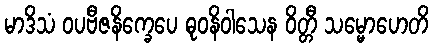
မာဒိသံ ဝပဗီဇနိက္ခေပေ ဓုဝနိဝါသေန ဝိတ္တီ သမ္မောဟေတိ